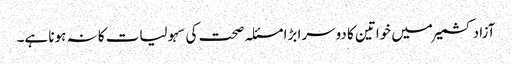
آزاد کشمیر میں خواتین کا دوسرا بڑا مسئلہ صحت کی سہولیات کا نہ ہونا ہے۔